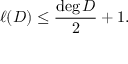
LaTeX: \ell ( D ) \leq { \frac { \deg D } { 2 } } + 1 .